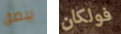
يبصق فولكان